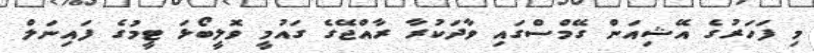
މި ފަހަރުގެ އޭޝިއަން ގޭމްސްގައި ވާދަކުރާ ރާއްޖޭގެ ގައުމީ ވޮލީބޯޅަ ޓީމުގެ ފައިނަލް